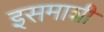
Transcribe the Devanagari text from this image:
इसमाशी